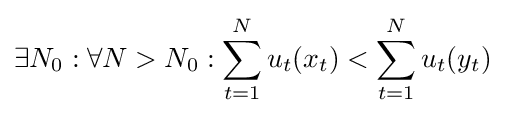
\exists N_{0}:\forall N>N_{0}:\sum _{t=1}^{N}u_{t}(x_{t})<\sum _{t=1}^{N}u_{t}(y_{t})